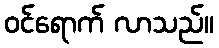
ဝင်ရောက် လာသည်။